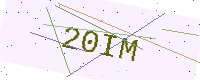
Text: 20IM